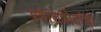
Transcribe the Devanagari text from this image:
प्रकाशझोतांचा